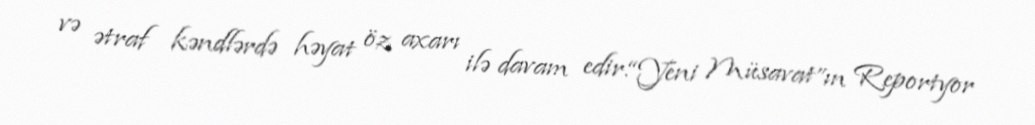
və ətraf kəndlərdə həyat öz axarı ilə davam edir.“Yeni Müsavat”ın Reportyor